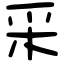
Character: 采